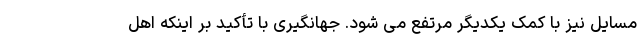
مسایل نیز با کمک یکدیگر مرتفع می شود. جهانگیری با تأکید بر اینکه اهل